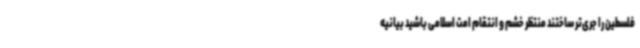
فلسطین را جری‌تر ساختند منتظر خشم و انتقام امت اسلامی باشید بیانیه